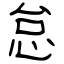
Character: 怠